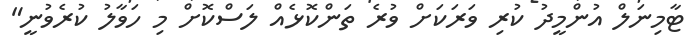
ޓާމިނަލް އުންމީދު ކުރި ވަރަކަށް ވުރެ ތަންކޮޅެއް ލަސްކޮށް މި ހަވާލު ކުރެވުނީ"